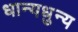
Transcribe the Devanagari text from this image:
धान्यधुन्य